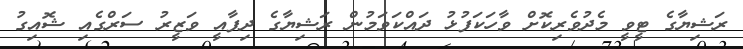
ރަޝިޔާގެ ޓީވީ މެދުވެރިކޮށް ވާހަކަފުޅު ދައްކަވަމުން ރަޝިޔާގެ ދިފާއީ ވަޒީރު ސަރްގެއި ޝޮއިގު